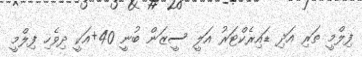
ފިލްމީ ތަރި އަދި ޑައިރެކްޓަރު އަލީ ސީޒަން ބުނީ 40+އަކީ ދިވެހި ފިލްމީ